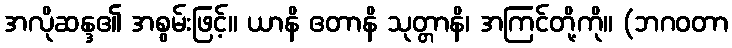
အလိုဆန္ဒ၏ အစွမ်းဖြင့်။ ယာနိ ဧတာနိ သုတ္တာနိ၊ အကြင်တို့ကို။ (ဘဂဝတာ